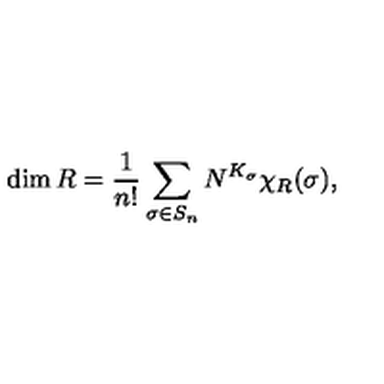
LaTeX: \dim R = \frac { 1 } { n ! } \sum _ { \sigma \in S _ { n } } N ^ { K _ { \sigma } } \chi _ { R } ( \sigma ) ,